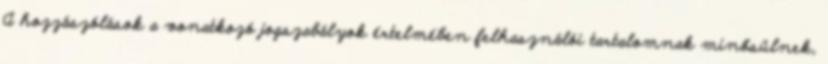
A hozzászólások a vonatkozó jogszabályok értelmében felhasználói tartalomnak minősülnek,